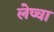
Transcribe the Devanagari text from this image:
लेप्‍चा